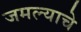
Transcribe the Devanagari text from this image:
जमल्याचे